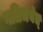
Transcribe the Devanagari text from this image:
गतिर्भवेत्